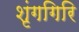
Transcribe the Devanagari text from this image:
शृंगगिरि